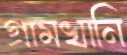
গ্রামখানি